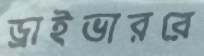
ড্রাইভাররে